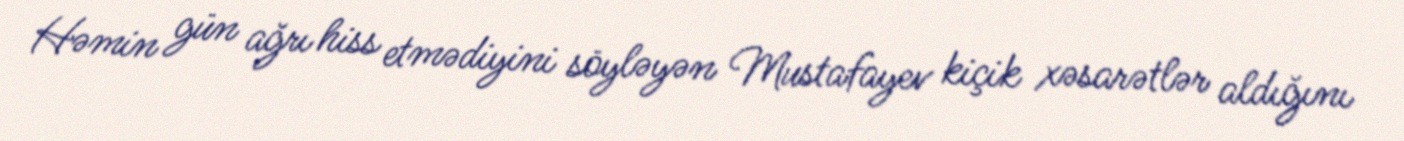
Həmin gün ağrı hiss etmədiyini söyləyən Mustafayev kiçik xəsarətlər aldığını